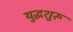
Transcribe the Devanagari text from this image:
युद्धशुरू